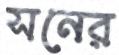
সনের